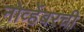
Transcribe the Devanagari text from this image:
नोव्हेंबरची